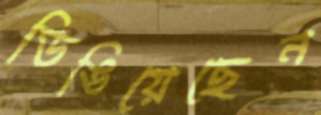
ডিঙিয়েছেন